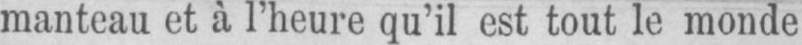
manteau et à l’heure qu’il est tout le monde